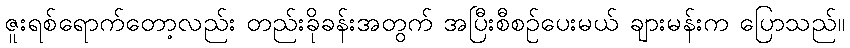
ဇူးရစ်ရောက်တော့လည်း တည်းခိုခန်းအတွက် အပြီးစီစဉ်ပေးမယ် ချားမန်းက ပြောသည်။